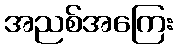
အညစ်အကြေး